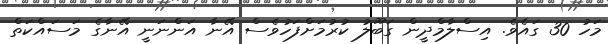
މަހު 30 ގައެވެ. އިސްލާމްދީން ގަބޫލު ކުރުމަށްފަހުވެސް އޭނާ އަންނަނީ އޭނާގެ މަސައްކަތް